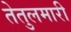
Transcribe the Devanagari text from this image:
तेतुलमारी